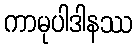
ကာမုပါဒါနဿ